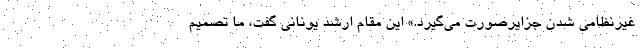
غیرنظامی شدن جزایرصورت می‌گیرد.» این مقام ارشد یونانی گفت، ما تصمیم